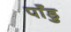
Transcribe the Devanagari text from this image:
पाँडु